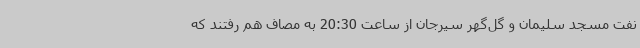
نفت مسجد سلیمان و گل‌گهر سیرجان از ساعت 20:30 به مصاف هم رفتند که